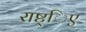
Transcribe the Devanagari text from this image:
राष्ट्िए